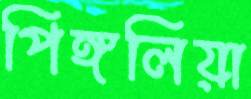
পিঙ্গলিয়া